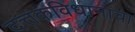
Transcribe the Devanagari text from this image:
दत्तकविधानाचा